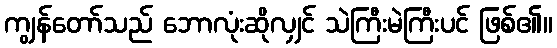
ကျွန်တော်သည် ဘောလုံးဆိုလျှင် သဲကြီးမဲကြီးပင် ဖြစ်၏။